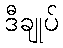
ဒီချုပ်